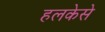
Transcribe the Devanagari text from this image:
हलकेसे